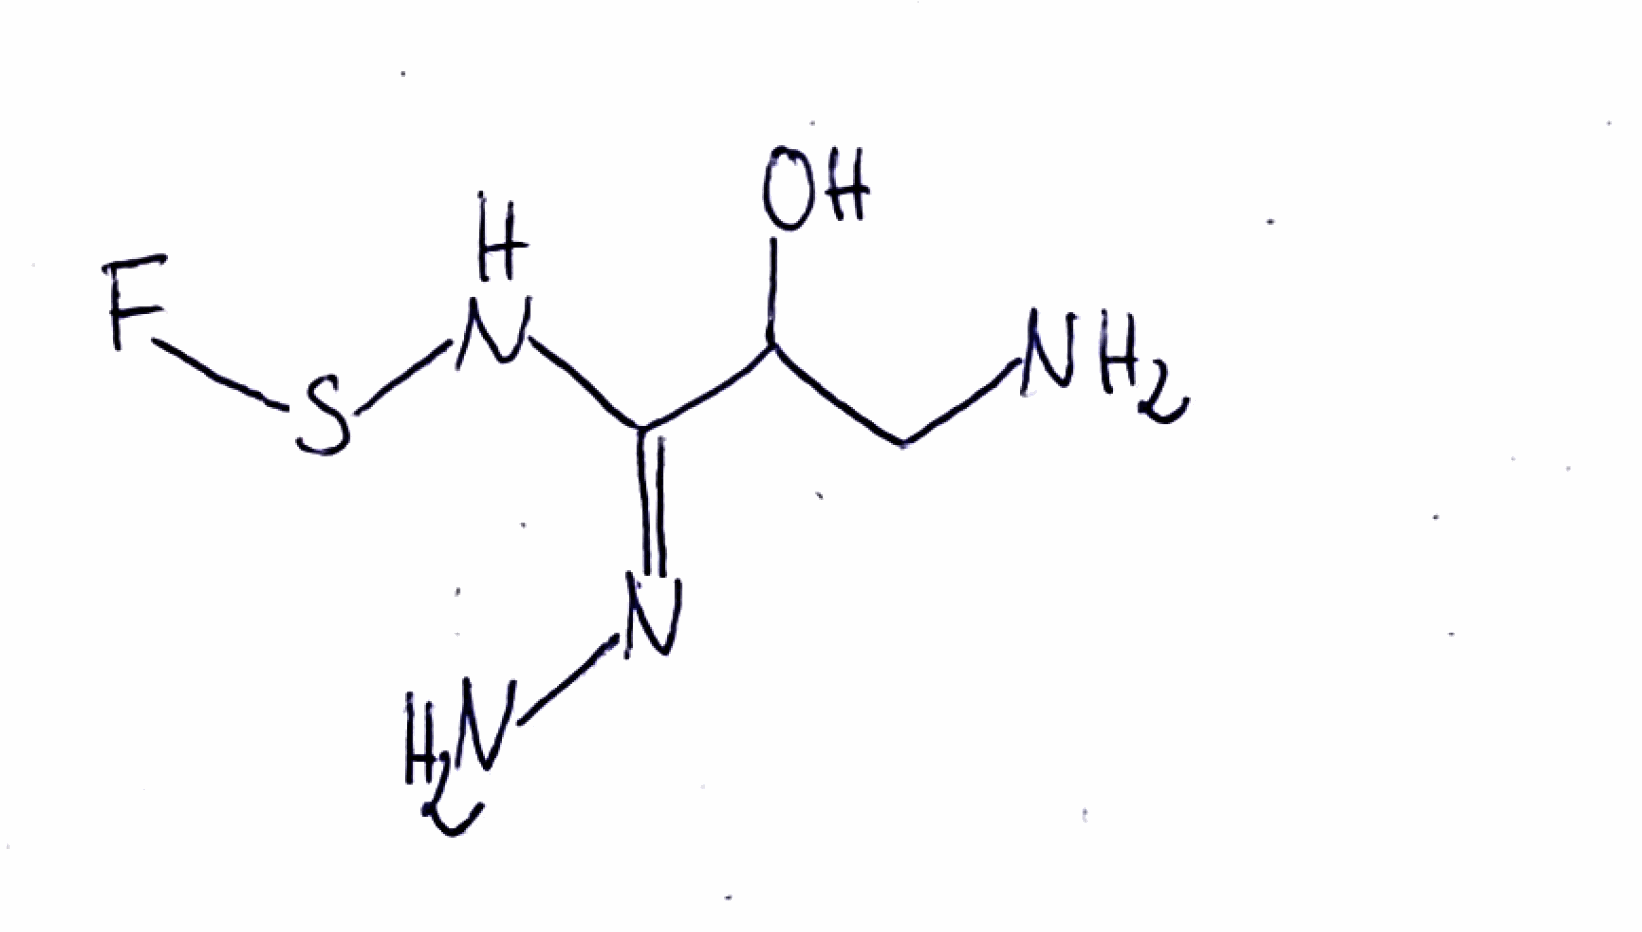
Simplified molecular-input line-entry system (SMILES) notation of the given molecule:
C(C(/C(=N/N)/NSF)O)N